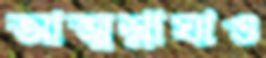
আত্মশ্লাঘাও